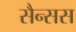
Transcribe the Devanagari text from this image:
सैन्सस